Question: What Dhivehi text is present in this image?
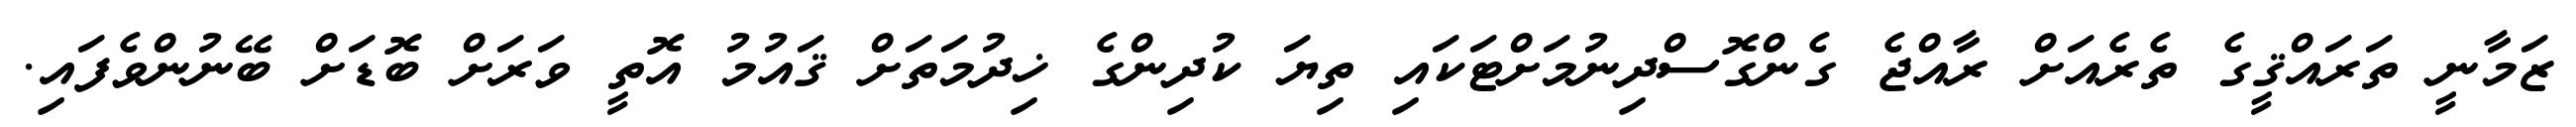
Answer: ޒަމާނީ ތަރައްޤީގެ ތެރެއަށް ރާއްޖެ ގެންގޮސްދިނުމަށްޓަކައި ތިޔަ ކުދިންގެ ޚިދުމަތަށް ޤައުމު އޮތީ ވަރަށް ބޮޑަށް ބޭނުންވެފައި.